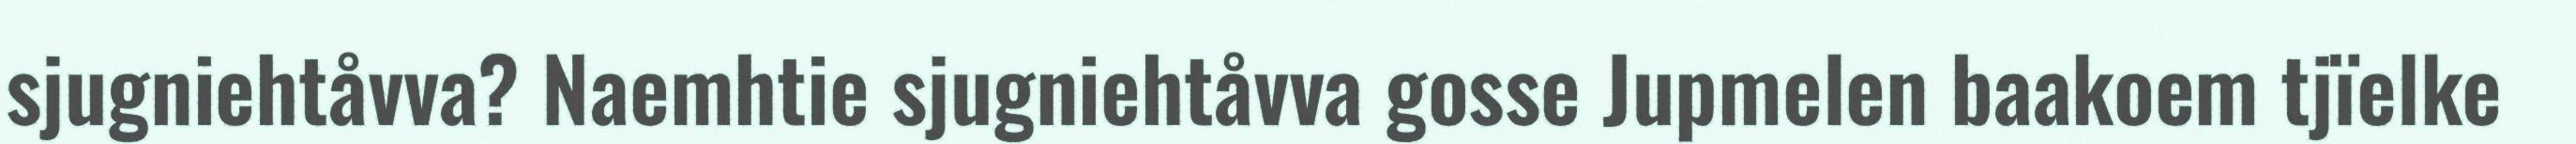
sjugniehtåvva? Naemhtie sjugniehtåvva gosse Jupmelen baakoem tjïelke